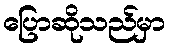
ပြောဆိုသည်မှာ